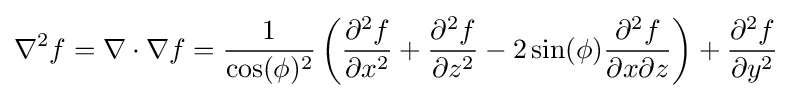
\nabla ^{2}f=\nabla \cdot \nabla f={\frac {1}{\cos(\phi )^{2}}}\left({\frac {\partial ^{2}f}{\partial x^{2}}}+{\frac {\partial ^{2}f}{\partial z^{2}}}-2\sin(\phi ){\frac {\partial ^{2}f}{\partial x\partial z}}\right)+{\frac {\partial ^{2}f}{\partial y^{2}}}